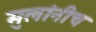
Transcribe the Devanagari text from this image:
मुलांनीच